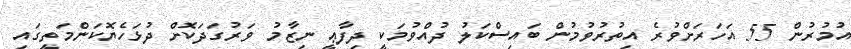
އުމުރުން 55 އަހަރަށްވުރެ އިތުރުވުމުން ބައިސްކަލު ދުއްވުމަކީ ދިފާޢީ ނިޒާމު ވަރުގަދަކޮށް ދުޅަހެޔޮކަންމަތީގައި